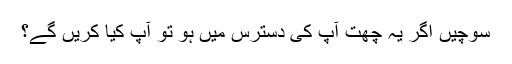
سوچیں اگر یہ چھت آپ کی دسترس میں ہو تو آپ کیا کریں گے؟